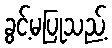
ခွင့်မပြုသည့်